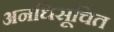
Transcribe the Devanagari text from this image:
अनधिसूचित